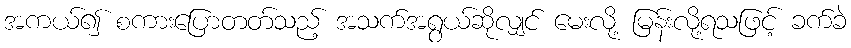
အကယ်၍ စကားပြောတတ်သည့် အသက်အရွယ်ဆိုလျှင် မေးလို့ မြန်းလို့ရသဖြင့် ခက်ခဲ